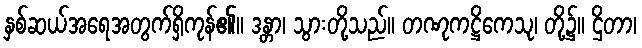
နှစ်ဆယ်အရေအတွက်ရှိကုန်၏။ ဒန္တာ၊ သွားတို့သည်။ တဏုကဋ္ဌိကေသု၊ တို့၌။ ဌိတာ၊